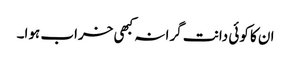
ان کا کوئی دانت گرا نہ کبھی خراب ہوا۔